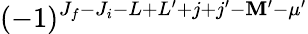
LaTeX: (-1)^{J_{f}-J_{i}-L+L^{\prime}+j+j^{\prime}-\mathbf{M}^{\prime}-\mu^{\prime}}